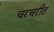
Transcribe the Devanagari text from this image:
चरचरीत